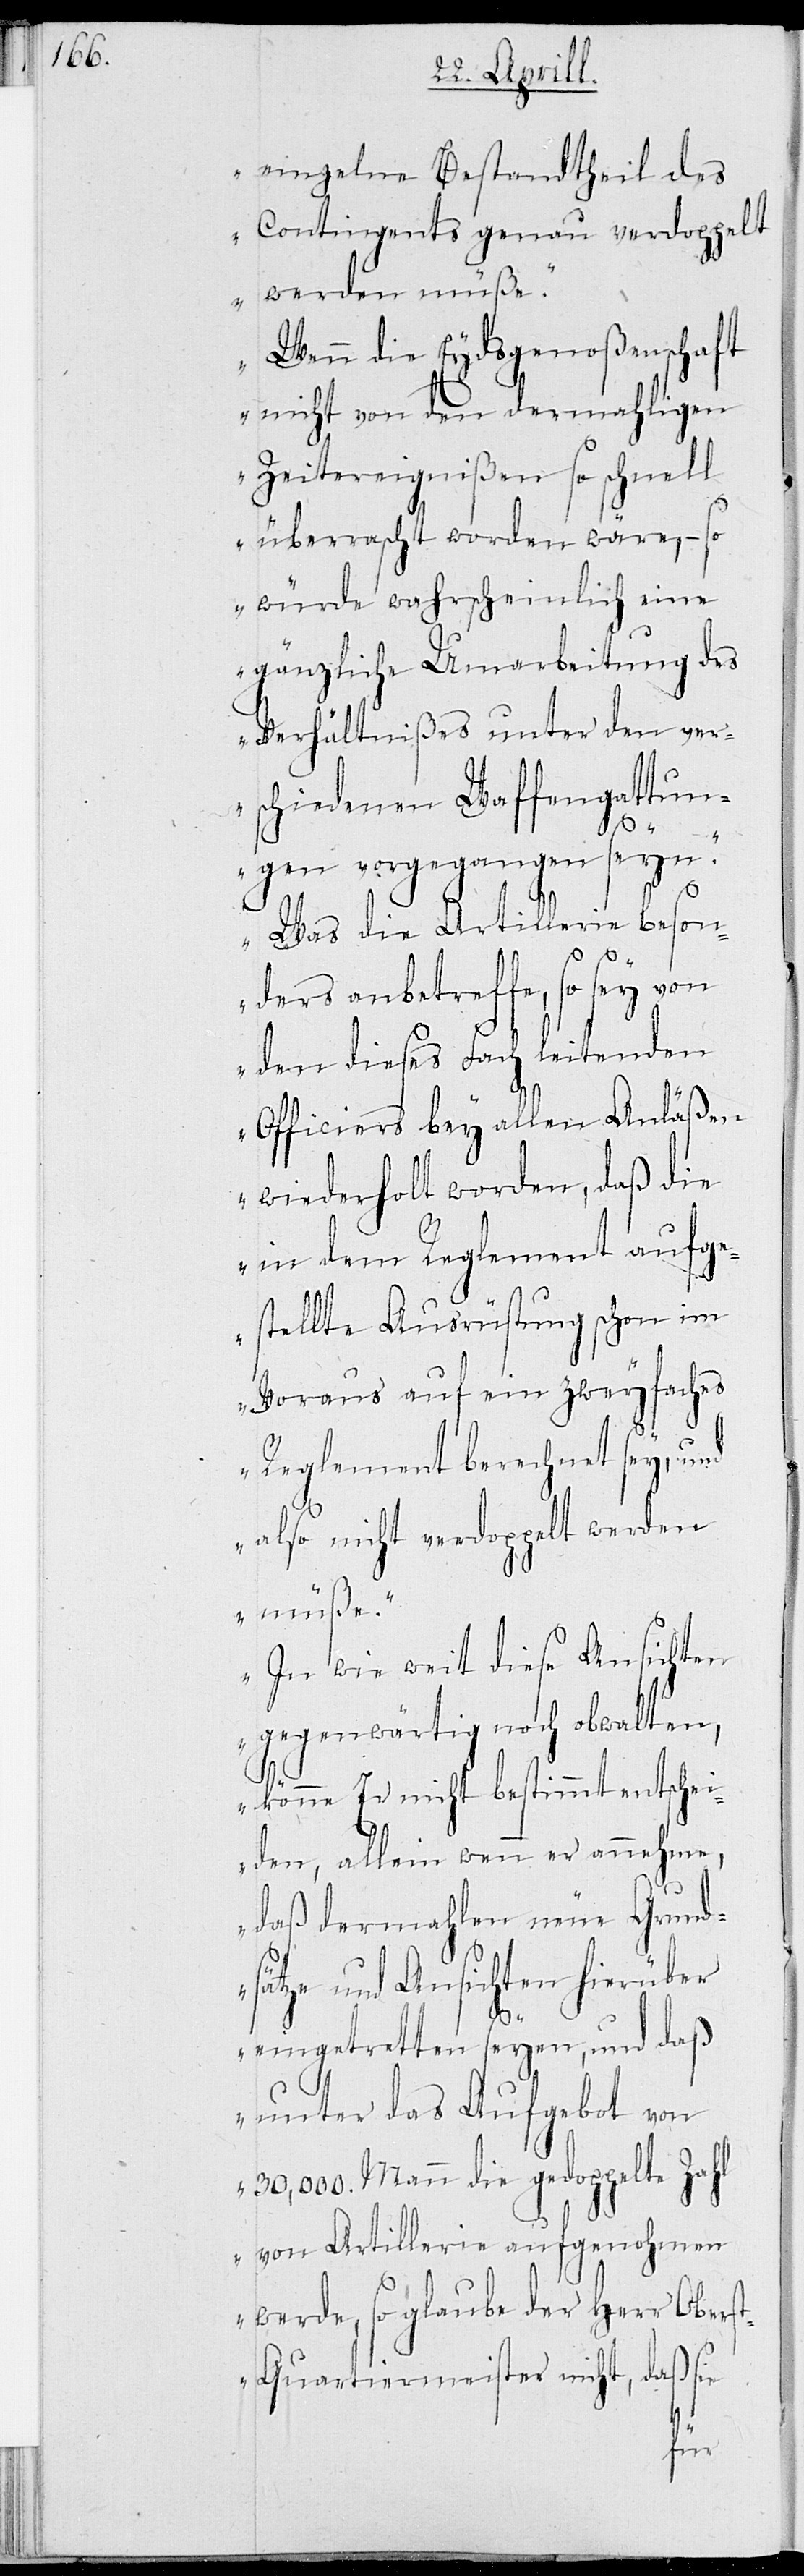
einzelne Bestandtheil des
Contingents genau verdoppelt
werden müße.
Wenn die Eydsgenoßenschaft
nicht von den damahligen
Zeitereignißen so schnell
überrascht worden wäre, – so
würde wahrscheinlich eine
gänzliche Umarbeitung des
Verhältnißes unter den ver¬
schiedenen Waffengattun¬
gen vorgegangen seyn.
Was die Artillerie beson¬
ders anbetreffe, so sey von
den dieses Fach leitenden
Officiers bey allen Anläßen
wiederholt worden, daß die
in dem Reglement aufge¬
stellte Ausrüstung schon im
Voraus auf ein zweyfaches
Reglement berechnet sey, und
also nicht verdoppelt werden
müße.
In wie weit diese Ansichten
gegenwärtig noch obwalten,
könne Er nicht bestimmt entschei¬
den, allein wenn er annehme,
daß dermahlen neue Grund¬
sätze und Ansichten hierüber
eingtretten seyen, und daß
unter das Aufgebot von
30,000. Mann die doppelte Zahl
von Artillerie aufgenohmen
werde, so glaube der Herr Obers¬
t-Quartiermeister nicht, daß sie